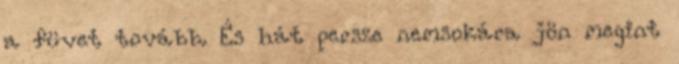
a füvet tovább. És hát persze nemsokára jön megint